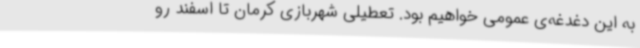
به این دغدغه‌ی عمومی خواهیم بود. تعطیلی شهربازی کرمان تا اسفند رو